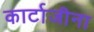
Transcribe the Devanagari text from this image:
कार्टाजीना